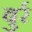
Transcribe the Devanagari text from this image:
बुर्र